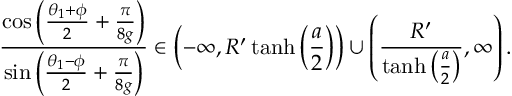
\frac { \cos \left( \frac { \theta _ { 1 } + \phi } { 2 } + \frac { \pi } { 8 g } \right) } { \sin \left( \frac { \theta _ { 1 } - \phi } { 2 } + \frac { \pi } { 8 g } \right) } \in \left( - \infty , R ^ { \prime } \operatorname { t a n h } \left( \frac { a } { 2 } \right) \right) \cup \left( \frac { R ^ { \prime } } { \operatorname { t a n h } \left( \frac { a } { 2 } \right) } , \infty \right) .